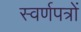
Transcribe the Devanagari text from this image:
स्वर्णपत्रों